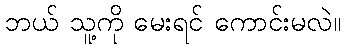
ဘယ် သူ့ကို မေးရင် ကောင်းမလဲ။